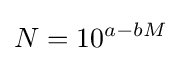
N=10^{a-bM}